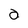
Character: 0